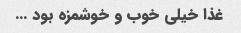
غذا خیلی خوب و خوشمزه بود …